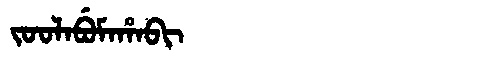
Manchu: ᠵᠣᠣᠯᠠᠪᡠᠮᠠᡥᠠᠪᡳ
Romanization: JOOLABUMAHABI